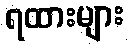
ရထားများ